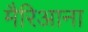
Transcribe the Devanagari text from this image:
मैरिआना